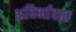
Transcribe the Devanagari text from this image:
अविर्भावात